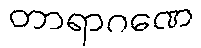
တာရာဂဏေ